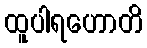
ထူပါရဟောတိ